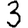
Digit: 3